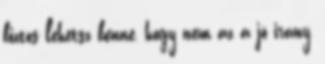
biztos lehetsz benne, hogy nem az a jó irány,